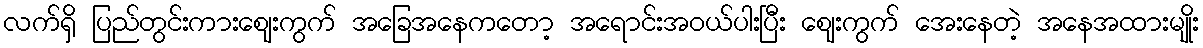
လက်ရှိ ပြည်တွင်းကားဈေးကွက် အခြေအနေကတော့ အရောင်းအဝယ်ပါးပြီး ဈေးကွက် အေးနေတဲ့ အနေအထားမျိုး